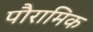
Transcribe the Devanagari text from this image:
पौरामिक